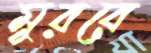
মুররে